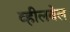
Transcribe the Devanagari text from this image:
व्हीलवेल